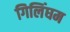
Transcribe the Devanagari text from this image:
गिलिंघम